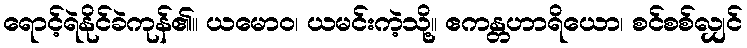
ရောင့်ရဲနိုင်ခဲကုန်၏။ ယမောဝ၊ ယမင်းကဲ့သို့။ ဧကန္တဟာရိယော၊ စင်စစ်လျှင်